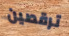
ترقصين